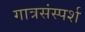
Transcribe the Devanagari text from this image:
गात्रसंस्पर्श